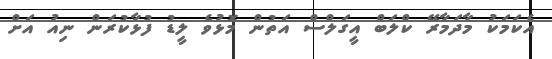
އެކަމަކު މާދަމާރޭ ކްލަބް އީގަލްސް އަތުން މޮޅުވެ ލީޑު ފުޅާކުރަން ނިއު އަށް